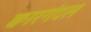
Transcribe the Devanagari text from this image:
क्वारगंदल